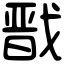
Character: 戬